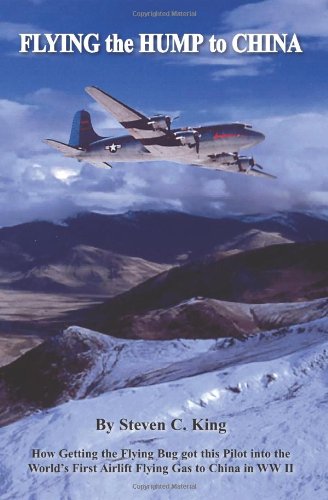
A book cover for FLYING THE HUMP TO CHINA; Steven King; Biographies & Memoirs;